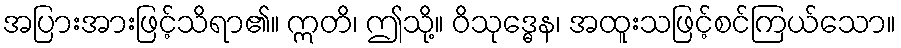
အပြားအားဖြင့်သိရာ၏။ ဣတိ၊ ဤသို့။ ဝိသုဒ္ဓေန၊ အထူးသဖြင့်စင်ကြယ်သော။